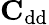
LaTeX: \mathrm{\textbf{C}}_{\mathrm{dd}}